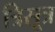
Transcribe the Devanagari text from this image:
त्रिसूत्र